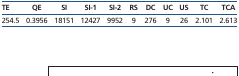
<table><thead><tr><td><b>TE</b></td><td><b>QE</b></td><td><b>SI</b></td><td><b>SI-1</b></td><td><b>SI-2</b></td><td><b>RS</b></td><td><b>DC</b></td><td><b>UC</b></td><td><b>US</b></td><td><b>TC</b></td><td><b>TCA</b></td></tr></thead><tbody><tr><td>254.5</td><td>0.3956</td><td>18151</td><td>12427</td><td>9952</td><td>9</td><td>276</td><td>9</td><td>26</td><td>2.101</td><td>2.613</td></tr></tbody></table>